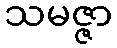
သမဇ္ဇာ